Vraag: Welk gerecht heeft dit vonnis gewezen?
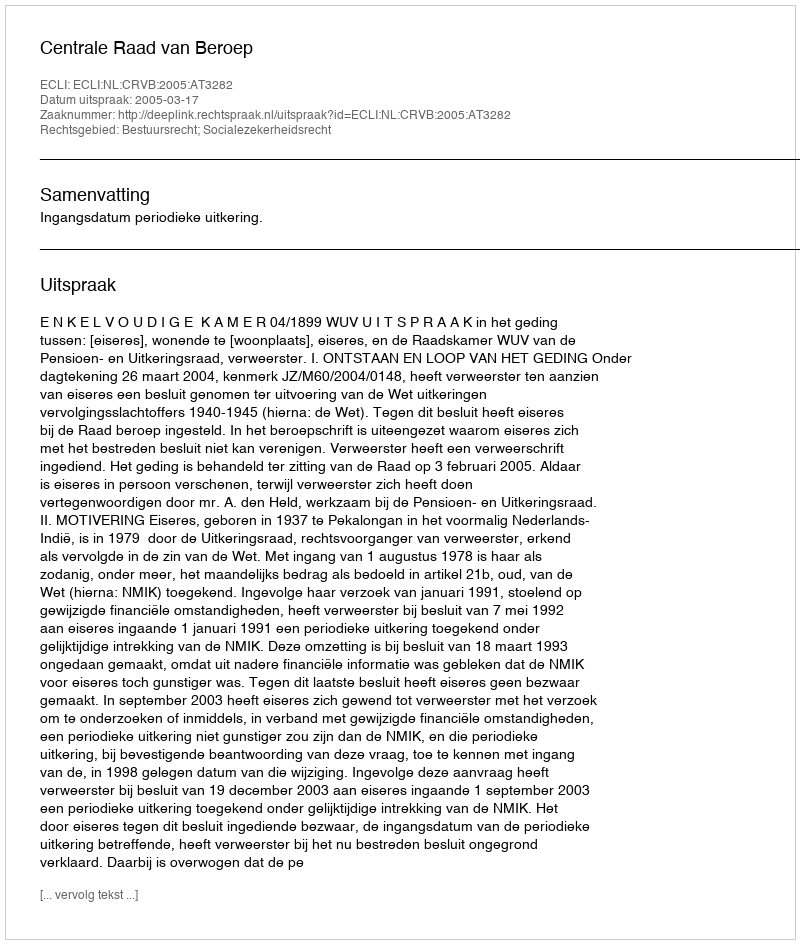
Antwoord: Centrale Raad van Beroep